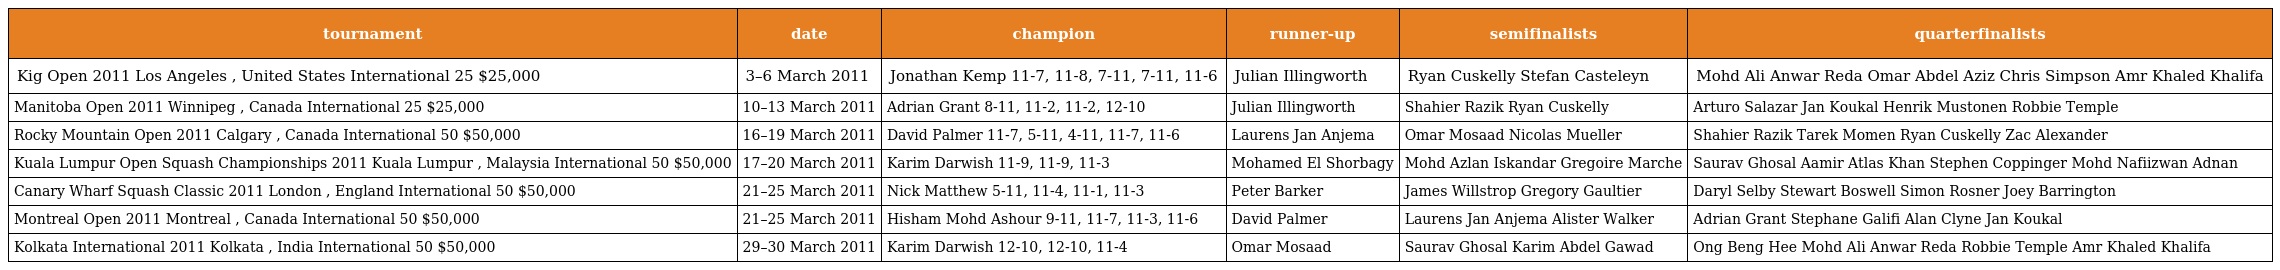
| tournament | date | champion | runner-up | semifinalists | quarterfinalists |
 | --- | --- | --- | --- | --- | --- |
 | Kig Open 2011 Los Angeles , United States International 25 $25,000 | 3–6 March 2011 | Jonathan Kemp 11-7, 11-8, 7-11, 7-11, 11-6 | Julian Illingworth | Ryan Cuskelly Stefan Casteleyn | Mohd Ali Anwar Reda Omar Abdel Aziz Chris Simpson Amr Khaled Khalifa |
 | Manitoba Open 2011 Winnipeg , Canada International 25 $25,000 | 10–13 March 2011 | Adrian Grant 8-11, 11-2, 11-2, 12-10 | Julian Illingworth | Shahier Razik Ryan Cuskelly | Arturo Salazar Jan Koukal Henrik Mustonen Robbie Temple |
 | Rocky Mountain Open 2011 Calgary , Canada International 50 $50,000 | 16–19 March 2011 | David Palmer 11-7, 5-11, 4-11, 11-7, 11-6 | Laurens Jan Anjema | Omar Mosaad Nicolas Mueller | Shahier Razik Tarek Momen Ryan Cuskelly Zac Alexander |
 | Kuala Lumpur Open Squash Championships 2011 Kuala Lumpur , Malaysia International 50 $50,000 | 17–20 March 2011 | Karim Darwish 11-9, 11-9, 11-3 | Mohamed El Shorbagy | Mohd Azlan Iskandar Gregoire Marche | Saurav Ghosal Aamir Atlas Khan Stephen Coppinger Mohd Nafiizwan Adnan |
 | Canary Wharf Squash Classic 2011 London , England International 50 $50,000 | 21–25 March 2011 | Nick Matthew 5-11, 11-4, 11-1, 11-3 | Peter Barker | James Willstrop Gregory Gaultier | Daryl Selby Stewart Boswell Simon Rosner Joey Barrington |
 | Montreal Open 2011 Montreal , Canada International 50 $50,000 | 21–25 March 2011 | Hisham Mohd Ashour 9-11, 11-7, 11-3, 11-6 | David Palmer | Laurens Jan Anjema Alister Walker | Adrian Grant Stephane Galifi Alan Clyne Jan Koukal |
 | Kolkata International 2011 Kolkata , India International 50 $50,000 | 29–30 March 2011 | Karim Darwish 12-10, 12-10, 11-4 | Omar Mosaad | Saurav Ghosal Karim Abdel Gawad | Ong Beng Hee Mohd Ali Anwar Reda Robbie Temple Amr Khaled Khalifa |